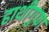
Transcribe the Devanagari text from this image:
हाथीगुफा